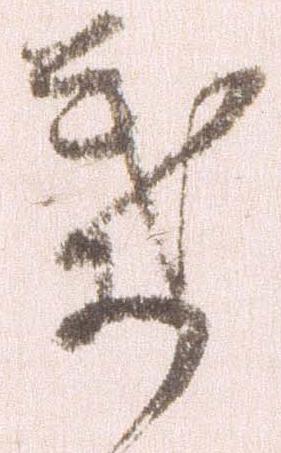
葉